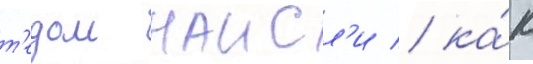
т'едом наисл'и / ка́к